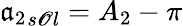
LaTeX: {\mathfrak{a}_{2}}_{s\mathscr{O}l}={A_{2}}-\pi